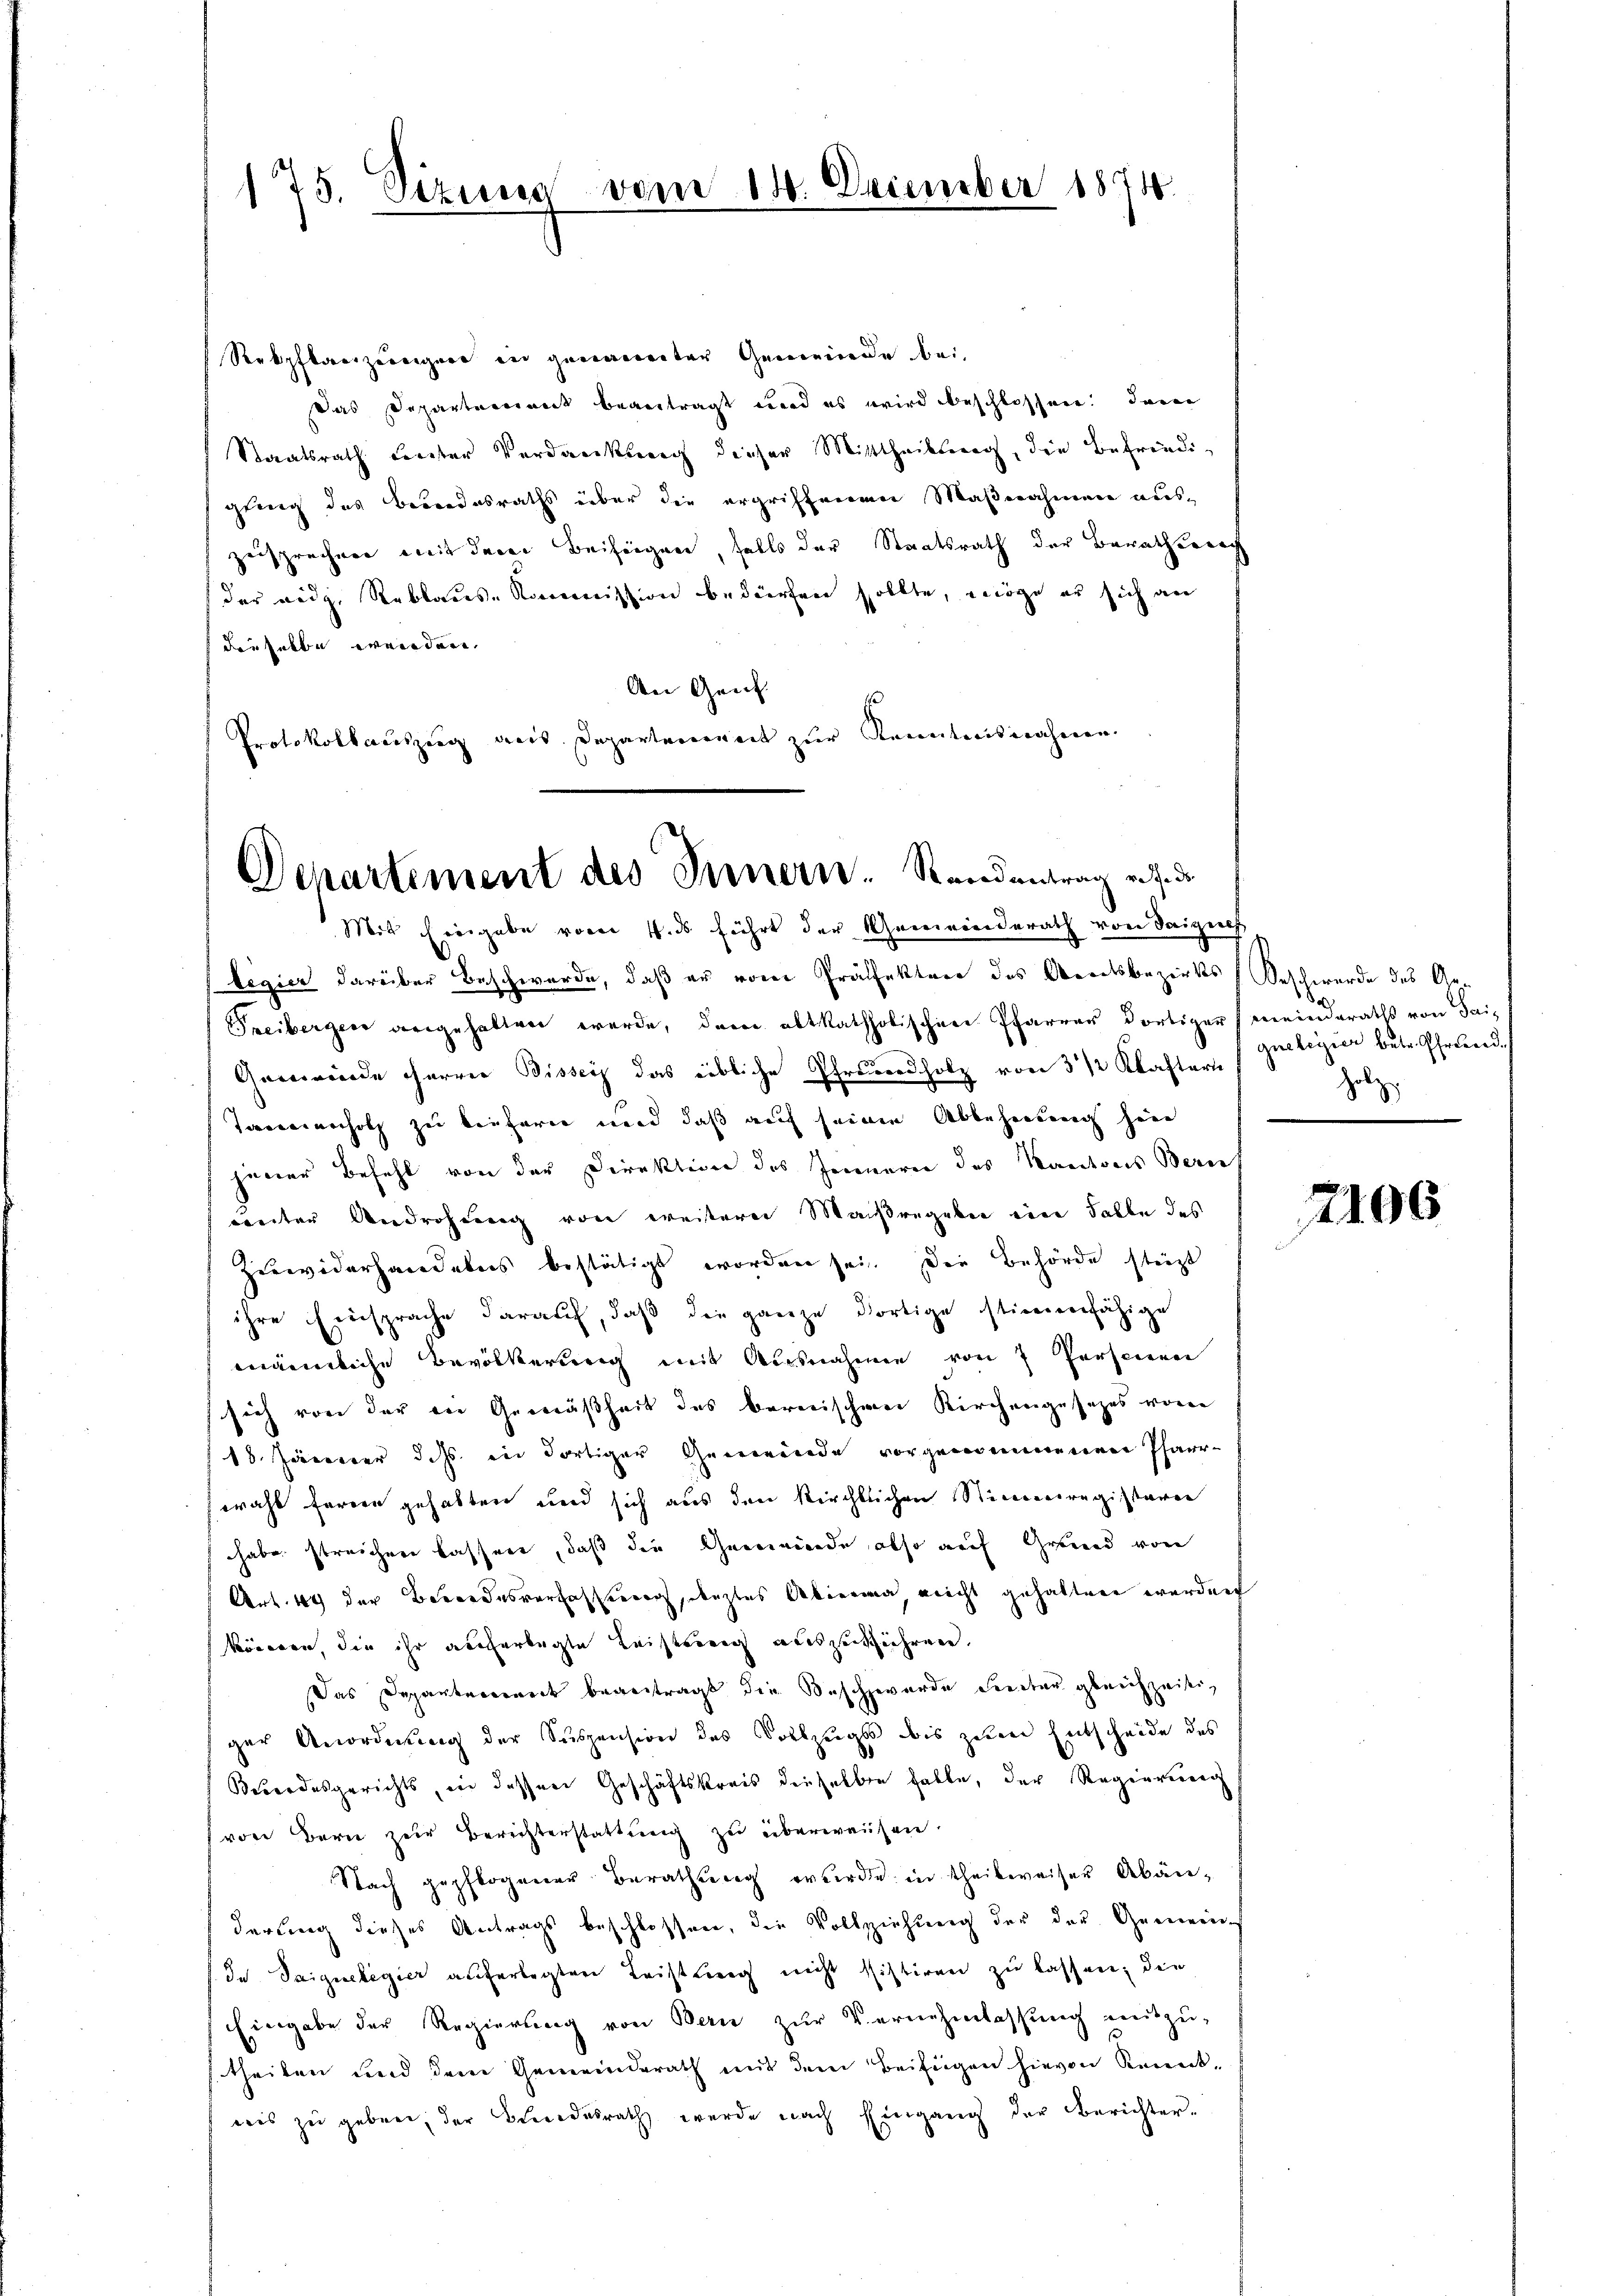
175. Vizung vom 18. December 1874

Seebpflanzorniger in genannter Gemeinde bei
Das Departenant beantragt wird es wird beschlossen. Dann
Staatsrath Leister Verdankung dieser Mittheilung, die Befriedigling des Besondesraths über die ergriffenen Maßnahmen aus-
zusprechen mit derer Beifügen, falls der Staatsrath der Berathsprach
(der eidg, Reblaus-Kommission bedürfen sollte, möge er sich an
f die selbe werden
An Gent
Protokollauszug aus Departenweit zur Kenntnisnahmen.

Departement des Innern. Randantrag u. s. de
Mit Eingabe vom 4. ds führt der Gemeinderath von Seiziel

legier darüber Beschwerde, daß er vom Präffekture des Areatsbezirks (Beschwerde des Ge¬
Freibergen angehalten werde, dem abtkatholischen Pfarrer dortiger (meinderaths von Hei-
Gemeinde herren Bisser das eibliche Pfrundholz von 3 1/2 Klaftern
Tannenholz zu tiefern und daß auch seiner Ablehnung hier
jener Befehl von der Direktion des Jenneren des Kantons Zürich
weiter Androhung von weiterer Maßregeben eine Falle des
Zuwiderhandelns bestätigt worden sei. Die Behörde steht
ihre Einsprache darauf, daß die ganze dortige stimmenfähige
männliche Bevölkerung mit Ausnahmen von 7 Personen
sich von der der Gemäßheit des bereischen Kirchengesetzes von
18. Jänner d. Js. in dortiger Gemeinde vorgenommenen Pfarrwahl ferne gehabten und sich aus den kirchtlichen Stimmregisteren
habe streichere Casserr, daß die Gemeinde also auf Grund von
Art. 49 der Bewordesverfassung, darztes Abirma nicht gehalten werden
können, die ihr auferlegte Leistung auszuführen.
Das Departerrent beauftragt die Beschwerde dientar gleichzeiti
ger Anordnung der Suspension des Vollzugs dis zum Entscheide des
Besondesgerichts, in dessen Geschäftskreis dieselben hatte, der Regierung
von Bern zur Berichterstattung zu überweisen.
Nach gepflogener Berathung wurde in theilweiser Abänderung dieses Antrags beschlossen, die Vollziehung der der Gemein-
In Saiguelegier auferlegten Leistung nicht sistiren zu lassen, die
Eingabe der Regierung von Bern zur Vernehmlassung mitzu-
theilen und dem Gemeinderath mit dem Beifügen hievon Kennt-
weis zu geben, der Bundesrath werde nach Eingang der Berichter-

guelegier betr. Pfrunde
Holz

2106